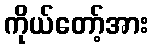
ကိုယ်တော့်အား